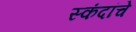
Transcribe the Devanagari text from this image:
स्कंदांचे